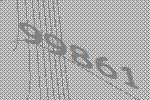
99861